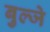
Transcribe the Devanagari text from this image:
बुल्जे